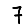
Digit: 7